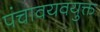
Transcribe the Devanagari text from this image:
पंचावयवयुक्त